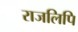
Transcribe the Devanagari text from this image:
राजलिपि